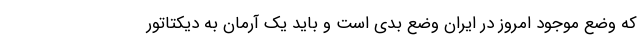
که وضع موجود امروز در ایران وضع بدی است و باید یک آرمان به دیکتاتور